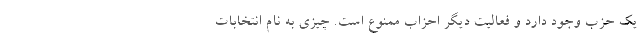
یک حزب وجود دارد و فعالیت دیگر احزاب ممنوع است. چیزی به نام انتخابات